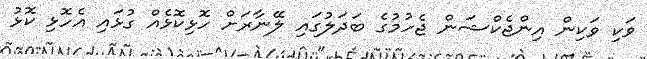
ވަކި ވަކިން އިންޖެކްޝަން ޖެހުމުގެ ބަދަލުގައި ލޭނާރަށް ހޮޅިކޮޅެއް ގުޅައި އެހޮޅި ކޮޅު